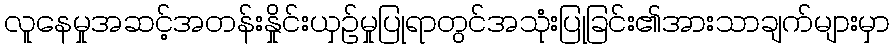
လူနေမှုအဆင့်အတန်းနှိုင်းယှဉ်မှုပြုရာတွင်အသုံးပြုခြင်း၏အားသာချက်များမှာ